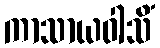
ကာသာယဝါသိံ